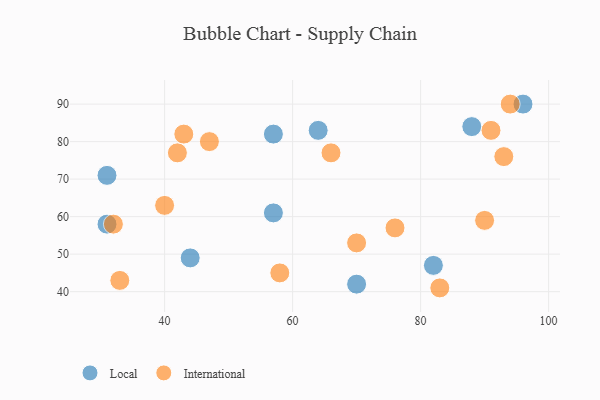
{"axis": {"x": "GDP", "y": "Life Expectancy"}, "legend": ["International", "Local"], "data": [{"x": "82", "y": 47, "type": "Local"}, {"x": "70", "y": 42, "type": "Local"}, {"x": "44", "y": 49, "type": "Local"}, {"x": "57", "y": 82, "type": "Local"}, {"x": "57", "y": 61, "type": "Local"}, {"x": "31", "y": 71, "type": "Local"}, {"x": "31", "y": 58, "type": "Local"}, {"x": "88", "y": 84, "type": "Local"}, {"x": "64", "y": 83, "type": "Local"}, {"x": "96", "y": 90, "type": "Local"}, {"x": "33", "y": 43, "type": "International"}, {"x": "76", "y": 57, "type": "International"}, {"x": "42", "y": 77, "type": "International"}, {"x": "66", "y": 77, "type": "International"}, {"x": "47", "y": 80, "type": "International"}, {"x": "40", "y": 63, "type": "International"}, {"x": "93", "y": 76, "type": "International"}, {"x": "58", "y": 45, "type": "International"}, {"x": "43", "y": 82, "type": "International"}, {"x": "90", "y": 59, "type": "International"}, {"x": "83", "y": 41, "type": "International"}, {"x": "91", "y": 83, "type": "International"}, {"x": "94", "y": 90, "type": "International"}, {"x": "70", "y": 53, "type": "International"}, {"x": "32", "y": 58, "type": "International"}]}